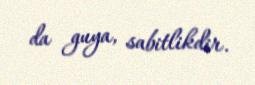
da guya, sabitlikdir.